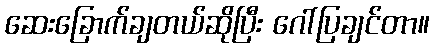
ဆေးခြောက်ချတယ်ဆိုပြီး ဂေါ်ပြချင်တာ။